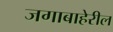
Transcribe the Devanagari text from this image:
जगाबाहेरील